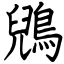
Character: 鶂